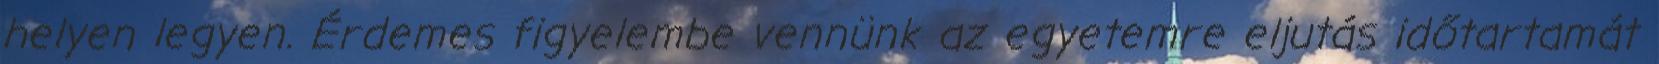
helyen legyen. Érdemes figyelembe vennünk az egyetemre eljutás időtartamát